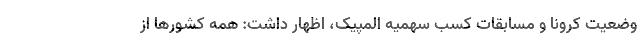
وضعیت کرونا و مسابقات کسب سهمیه المپیک، اظهار داشت: همه کشورها از